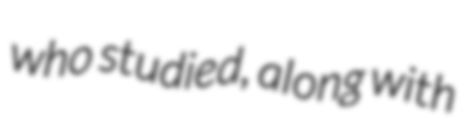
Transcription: who studied, along with